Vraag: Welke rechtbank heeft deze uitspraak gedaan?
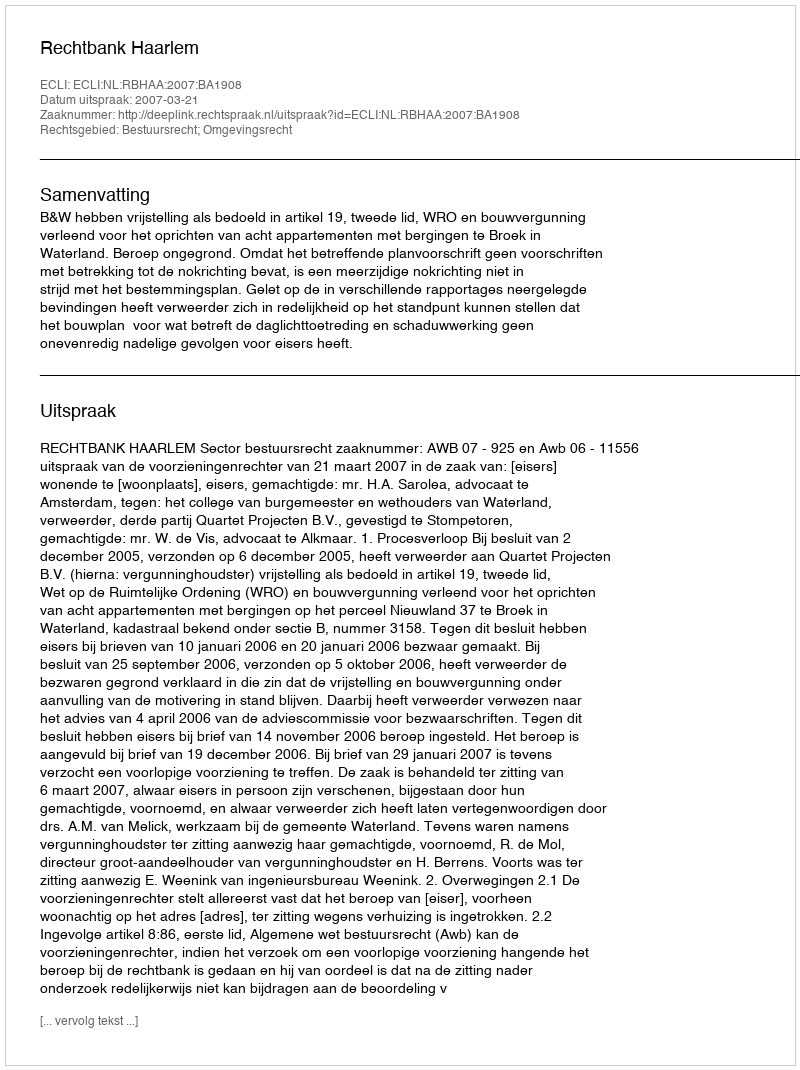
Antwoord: Rechtbank Haarlem